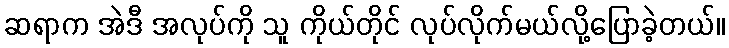
ဆရာက အဲဒီ အလုပ်ကို သူ ကိုယ်တိုင် လုပ်လိုက်မယ်လို့ပြောခဲ့တယ်။